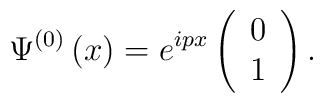
\Psi ^{\left( 0\right) }\left( x\right) =e^{ipx}\left(\begin{array}{c}0 \\1\end{array}\right) .